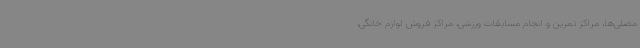
مصلی‌ها، مراکز تمرین و انجام مسابقات ورزشی، مراکز فروش لوازم خانگی،